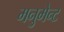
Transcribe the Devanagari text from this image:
मनुमेन्ट